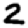
Digit: 2